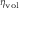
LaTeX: \scriptstyle \eta _ { \mathrm { v o l } }